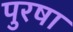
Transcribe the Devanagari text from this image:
पुरषा